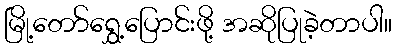
မြို့တော်ရွှေ့ပြောင်းဖို့ အဆိုပြုခဲ့တာပါ။